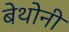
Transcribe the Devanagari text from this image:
बेथोनी